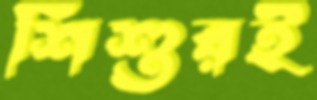
শিশুরই